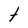
Character: t